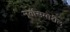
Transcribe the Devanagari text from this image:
मूर्तीसमोरील